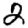
Digit: 2